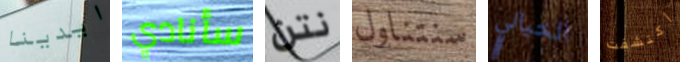
ايدينا سأنادي نتن سنتناول الخيالي أكتشفت